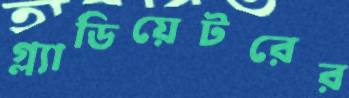
গ্ল্যাডিয়েটরের